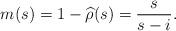
LaTeX: \begin{align*}m(s)= 1-\widehat \rho(s) = \frac{s}{s-i}. \end{align*}